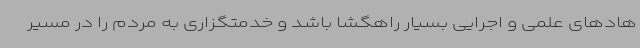
هادهای علمی و اجرایی بسیار راهگشا باشد و خدمتگزاری به مردم را در مسیر